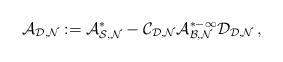
LaTeX: \begin{align*}\cal A_{D,N}:=A^*_{S,N}-C_{D,N} A^{*-1}_{B,N}D_{D,N} \, ,\end{align*}